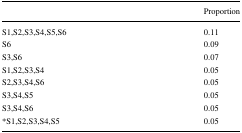
<table><thead><tr><td></td><td><b>Proportion</b></td></tr></thead><tbody><tr><td>S1,S2,S3,S4,S5,S6</td><td>0.11</td></tr><tr><td>S6</td><td>0.09</td></tr><tr><td>S3,S6</td><td>0.07</td></tr><tr><td>S1,S2,S3,S4</td><td>0.05</td></tr><tr><td>S2,S3,S4,S6</td><td>0.05</td></tr><tr><td>S3,S4,S5</td><td>0.05</td></tr><tr><td>S3,S4,S6</td><td>0.05</td></tr><tr><td>*S1,S2,S3,S4,S5</td><td>0.05</td></tr></tbody></table>